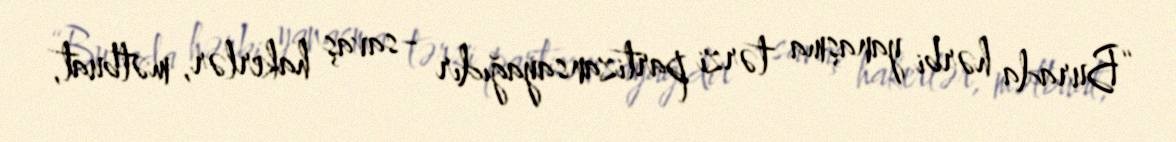
“Burada hərbi yanaşma tərzi partizansayağıdır - savaş hakerlər, mətbuat,